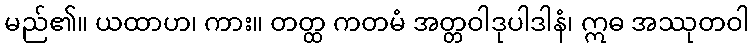
မည်၏။ ယထာဟ၊ ကား။ တတ္ထ ကတမံ အတ္တဝါဒုပါဒါနံ၊ ဣဓ အဿုတဝါ